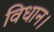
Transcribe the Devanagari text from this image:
विधान।